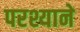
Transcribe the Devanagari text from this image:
परश्याने